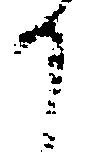
か